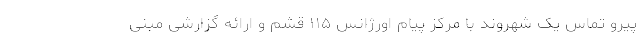
پیرو تماس یک شهروند با مرکز پیام اورژانس ۱۱۵ قشم و ارائه گزارشی مبنی